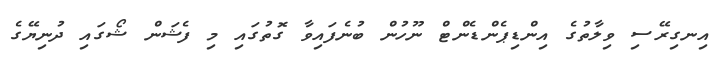
އިނގިރޭސި ވިލާތުގެ އިންޑިޕެންޑެންޓް ނޫހުން ބުނެފައިވާ ގޮތުގައި މި ފެޝަން ޝޯގައި ދުނިޔޭގެ